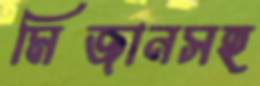
মিজানসহ